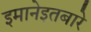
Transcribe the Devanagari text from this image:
इमानेइतबारे